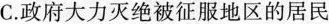
C.政府大力灭绝被征服地区的居民